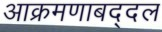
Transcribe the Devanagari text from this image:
आक्रमणाबद्दल